Elephants and their diseases
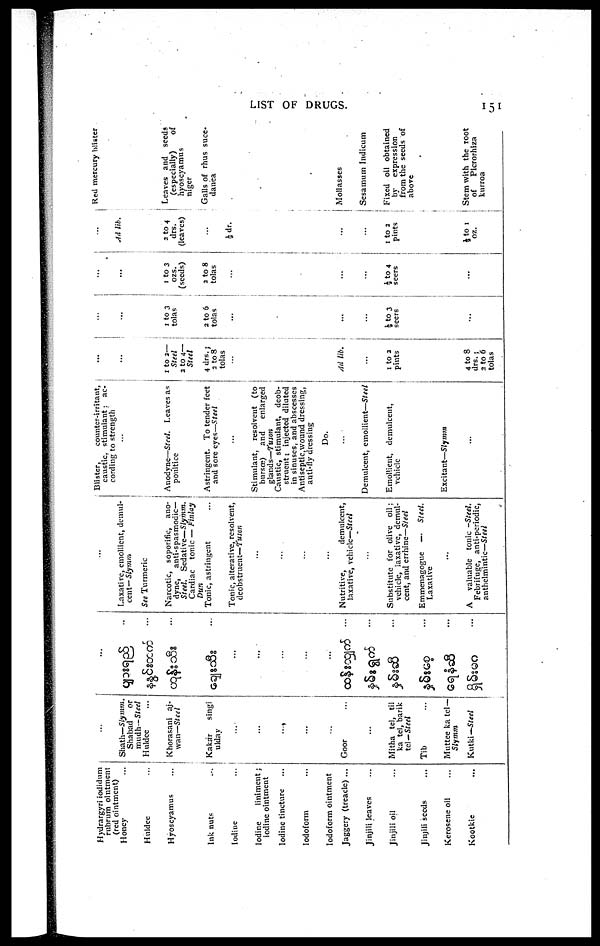
LIST OF DRUGS.
151
Hydrargyri iodidum
rubrum ointment
(red ointment)
Honey
Huldec
Hyoscyamus
Ink nuts
Iodine
Iodine
liniment;
iodine ointment
Iodine tincture
Iodoform
Iodoform ointment
Jaggery (treacle) ...
Jinjili leaves
Jinjili oil
Jinjili seeds
Kerosene oil
Kootkic
... Shath—Slymm
Shabad
or
mudh—Steel
Huldce
Khorasani aj¬
wan—Steel
Kakar
singi
ulday
...
...
....
...
...
Goor
...
Mitha tel, til
ka tel, barik
tel—Steel
Tib
Muttee ka tel—
Slymm
Kutki— Steel
...
...
...
...
...
...
...
...
...
...
...
...
Laxative, emollient, demul-
cent— Slymm
See Turmeric
Narcotic, soporific, ano-
dyne,
anti-spasmodic—
Steel. Sedative— Slymm.
Cardiac tonic — Finlay Dun
Tonic, as tringent
Tonic, alterative, resolvent,
deobstrucnt— Tuson
...
...
...
...
Nutritive,
demulcent,
laxative, vehicle—Steel
...
Substitute for olive oil;
vehicle, laxative, demul-
cent, and errhinc—Steel
Emmenagogue —
Steel.
Laxative
...
A
valuable tonic -Steel.
Febrifuge, anti-periodic,
anthelmintic—Steel
Blister,
counter-irritant,
caustic, stimulant: ac-
cording to strengtli
...
Anodyne—Steel. Leaves as
poultice
Astringent. To tender feet
and sore eyes—Steel
...
Stimulant, resolvent (to
bursœ)
and
enlarged
glands—Tuson
Caustic, stimulant, deob-
strucnt ; injected diluted
in sinuses, and abscesses
Antiseptic, wound dressing,
anti-fly dressing
Do.
...
Demulcent, emollient—Steel
Emollient, demulcent,
vehicle
Excitant—Slymm
...
...
...
1 to 2—
Steel
2 to 4—
Steel
4 drs.;
2 to 8
tolas
...
Ail lib.
...
1 to 2
pints
4 to 8
drs.;
2 to 6
tolas
...
...
1 to 3
tolas
2 to 6
tolas
...
...
...
½ to 3
seers
...
...
...
1 to 3
ozs.
(seeds)
2 to 8
tolas
...
...
...
½ to 4
seers
...
, ..
Ail lib.
2 to 4
drs.
(leaves)
...
½ dr.
...
...
1 to 2
pints
½ to 1
oz.
Red mercury blister
Leaves and seeds
(especially)
of
hyoscyamus
nigcr
Galls of rhus suce-
danea
Mollasses
Sesamum Indicum
Fixed oil obtained
by
expression
from the seeds of
above
Stem with the root
of
Picrorhiza
kurroa